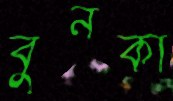
বুনকা